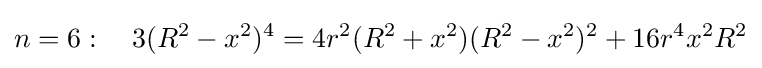
n=6:\quad 3(R^{2}-x^{2})^{4}=4r^{2}(R^{2}+x^{2})(R^{2}-x^{2})^{2}+16r^{4}x^{2}R^{2}